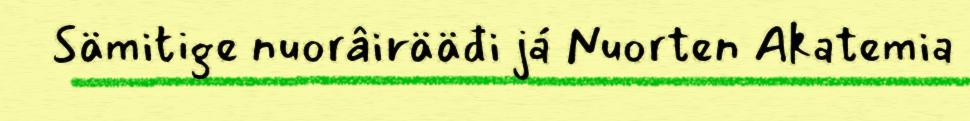
Sämitige nuorâirääđi já Nuorten Akatemia